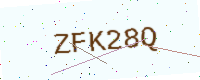
Text: ZFK28Q